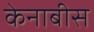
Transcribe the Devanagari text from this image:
केनाबीस